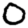
Digit: 0